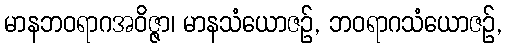
မာနဘဝရာဂအဝိဇ္ဇာ၊ မာနသံယောဇဉ်, ဘဝရာဂသံယောဇဉ်,